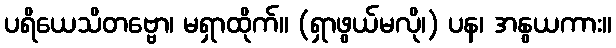
ပရိယေသိတဗ္ဗော၊ မရှာထိုက်။ (ရှာဖွယ်မလို၊) ပန၊ အနွယကား။